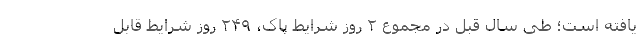
یافته است؛ طی سال قبل در مجموع ۲ روز شرایط پاک، ۲۴۹ روز شرایط قابل